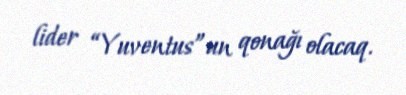
lider “Yuventus”un qonağı olacaq.